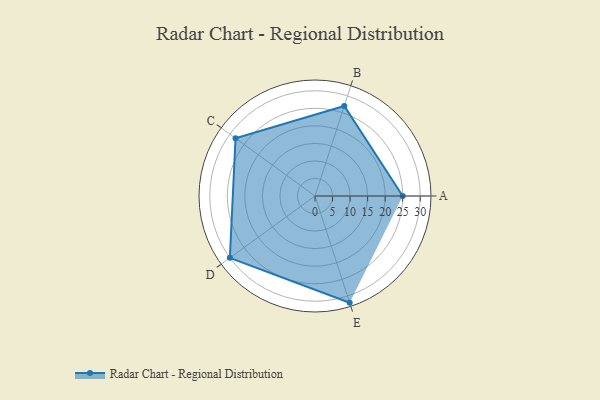
{"axis": {"x": "Skill", "y": "Score"}, "legend": ["Profile"], "data": [{"x": "A", "y": 25.0, "type": "Profile"}, {"x": "B", "y": 27.0, "type": "Profile"}, {"x": "C", "y": 28.0, "type": "Profile"}, {"x": "D", "y": 30.0, "type": "Profile"}, {"x": "E", "y": 32.0, "type": "Profile"}]}